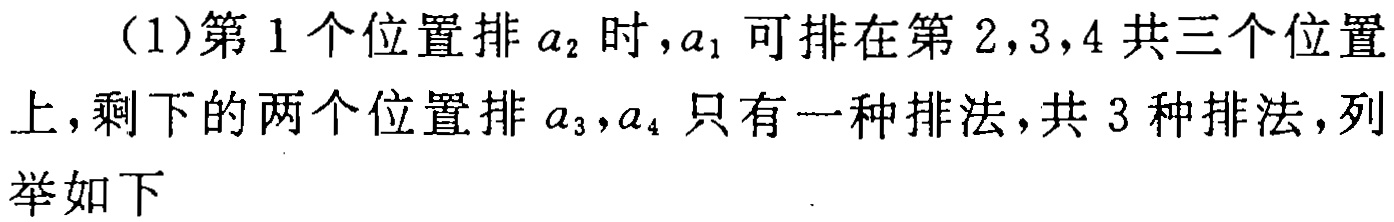
（1）第1个位置排\(a_{2}\)时，\(a_{1}\)可排在第2,3,4共三个位置上，剩下的两个位置排\(a_{3},a_{4}\)只有一种排法，共3种排法，列举如下